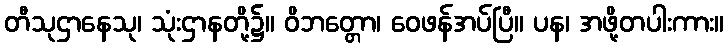
တီသုဌာနေသု၊ သုံးဌာနတို့၌။ ဝိဘတ္တော၊ ဝေဖန်အပ်ပြီ။ ပန၊ အဖို့တပါးကား။